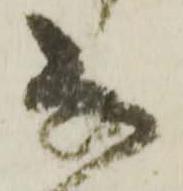
な